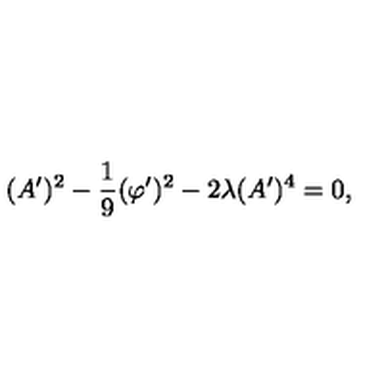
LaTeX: ( A ^ { \prime } ) ^ { 2 } - \frac { 1 } { 9 } ( \varphi ^ { \prime } ) ^ { 2 } - 2 \lambda ( A ^ { \prime } ) ^ { 4 } = 0 ,